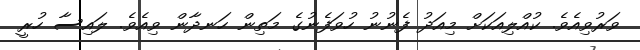
ވަރުވިއެވެ. ކުއްލިއަކަށް މިއަދު ފެނުނު ހުވަފެނުގެ މަތިން ހަނދާން ވިއެވެ. ލައިސާ ހުރީ